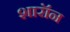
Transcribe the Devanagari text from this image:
शारॉन